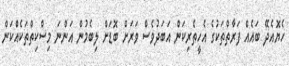
ހެޔޮއެދޭ ބައެއް ފަރާތްތަކުގެ އެހީތެރިކަން އަބަދުވެސް ވަރަށް ބޮޑަށް ލިބެމުން އަންނަ މިސްކިތްތަކެއްކަން